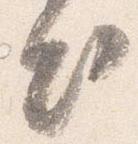
出